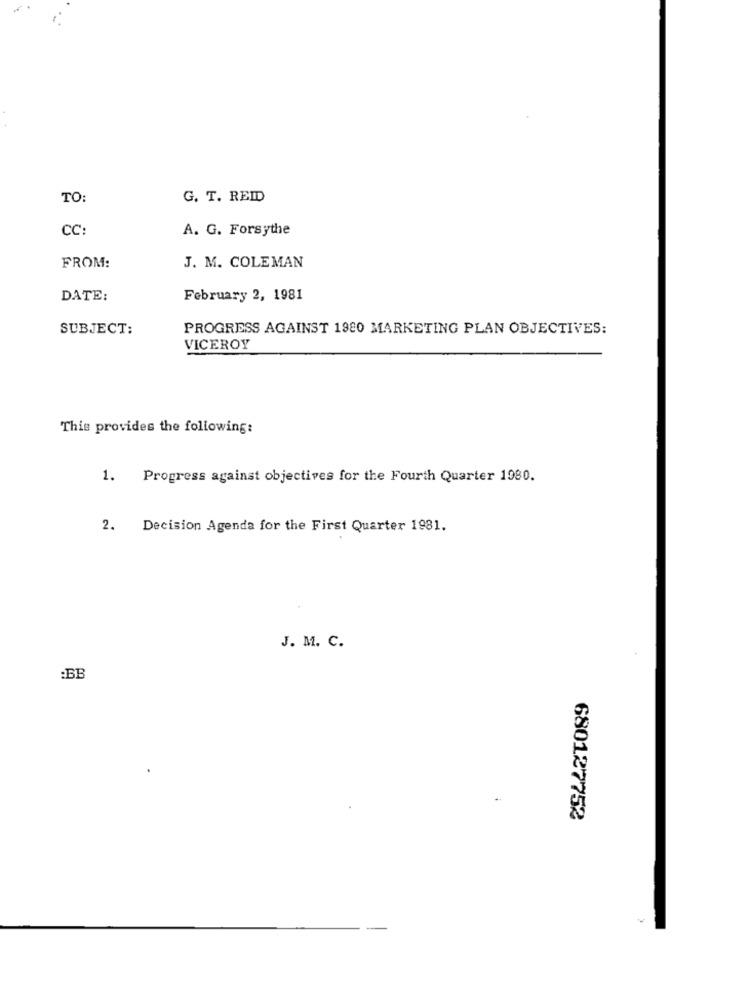
TO:
G. T. REID
CC:
A. G. Forsythe
FROM:
J. M. COLEMAN
DATE:
February 2, 1981
SUBJECT:
PROGRESS AGAINST 1980 MARKETING PLAN OBJECTIVES:
VICEROY
This provides the following:
1. Progress against objectives for the Fourth Quarter 1980.
2. Decision Agenda for the First Quarter 1981.
J. M. C.
:BB
680127752